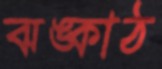
ঝঙ্কাঠ